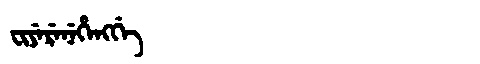
Manchu: ᠸᡳᠶᡝᡵᡝᠨᡝᡥᡝᠩᡤᡝ
Romanization: FIYERENEHENGGE